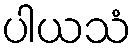
ပါယသံ